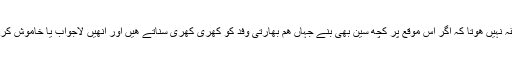
کچھ مضائقہ نہیں ھوتا کہ اگر اس موقع پر کچھ سین بھی بنے جہاں ھم بھارتی وفد کو کھری کھری سناتے ھیں اور انھیں لاجواب یا خاموش کردیتے ھیں ۔